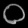
Digit: ၀